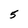
Character: 5